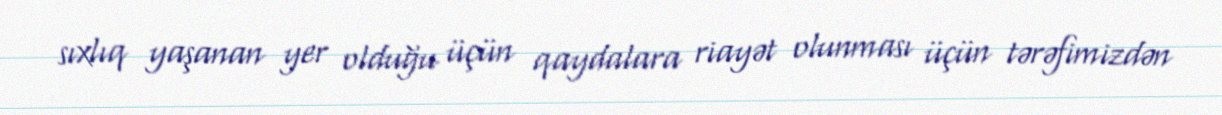
sıxlıq yaşanan yer olduğu üçün qaydalara riayət olunması üçün tərəfimizdən